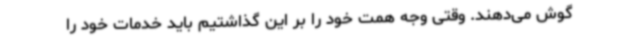
گوش می‌دهند. وقتی وجه همت خود را بر این گذاشتیم باید خدمات خود را